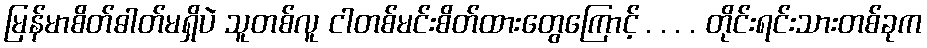
မြန်မာစိတ်ဓါတ်မရှိပဲ သူတစ်လူ ငါတစ်မင်းစိတ်ထားတွေကြောင့် . . . . တိုင်းရင်းသားတစ်ခုက